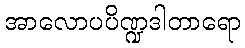
အာလောပပိဏ္ဍဒါတာရော